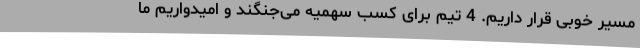
مسیر خوبی قرار داریم. 4 تیم برای کسب سهمیه می‌جنگند و امیدواریم ما